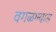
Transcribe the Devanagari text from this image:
वगळण्यास